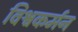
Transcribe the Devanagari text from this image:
विश्वकर्मन